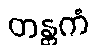
တန္တကံ